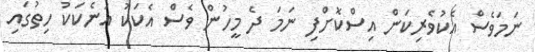
ނަމަވެސް އެކުވެރިކަން އިސްކޮށްފި ނަމަ ދެ މީހުން ވެސް އެކަކު އަނެކަކު ހިތުގައި